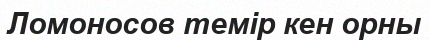
Ломоносов темір кен орны